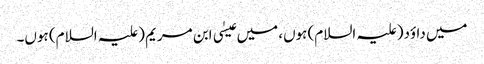
میں داؤد(علیہ السلام) ہوں، میں عیسٰی ابن مریم (علیہ السلام) ہوں۔